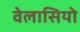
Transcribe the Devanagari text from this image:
वेलासियो